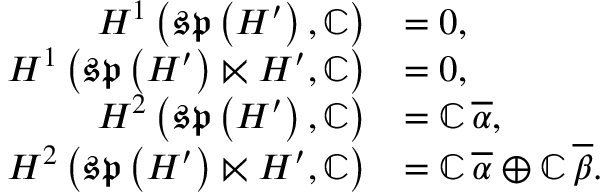
\begin{array} { r l } { H ^ { 1 } \left( \mathfrak { s p } \left( H ^ { \prime } \right) , \mathbb { C } \right) } & { = 0 , } \\ { H ^ { 1 } \left( \mathfrak { s p } \left( H ^ { \prime } \right) \ltimes H ^ { \prime } , \mathbb { C } \right) } & { = 0 , } \\ { H ^ { 2 } \left( \mathfrak { s p } \left( H ^ { \prime } \right) , \mathbb { C } \right) } & { = \mathbb { C } \, \overline { { \alpha } } , } \\ { H ^ { 2 } \left( \mathfrak { s p } \left( H ^ { \prime } \right) \ltimes H ^ { \prime } , \mathbb { C } \right) } & { = \mathbb { C } \, \overline { { \alpha } } \oplus \mathbb { C } \, \overline { { \beta } } . } \end{array}